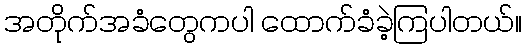
အတိုက်အခံတွေကပါ ထောက်ခံခဲ့ကြပါတယ်။